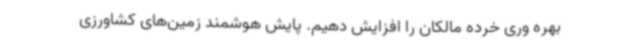
بهره وری خرده مالکان را افزایش دهیم. پایش هوشمند زمین‌های کشاورزی